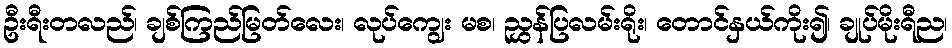
ဦးရီးတလည်၊ ချစ်ကြည်မြတ်လေး၊ လုပ်ကျွေး မစ၊ ညွှန်ပြလမ်းရိုး၊ တောင်နှယ်ကိုး၍၊ ချုပ်မိုးရီည၊